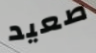
صعيد